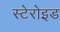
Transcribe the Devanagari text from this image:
स्टेरोइड